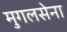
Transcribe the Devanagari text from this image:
मुगलसेना